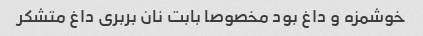
خوشمزه و داغ بود مخصوصا بابت نان بربری داغ متشکر